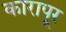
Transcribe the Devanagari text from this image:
कारापूर